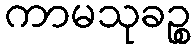
ကာမသုခဉ္စ